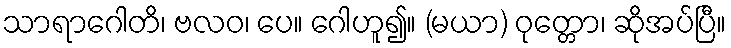
သာရာဂေါတိ၊ ဗလဝ၊ ပေ။ ဂေါဟူ၍။ (မယာ) ဝုတ္တော၊ ဆိုအပ်ပြီ။